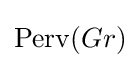
\mathrm {Perv} (Gr)